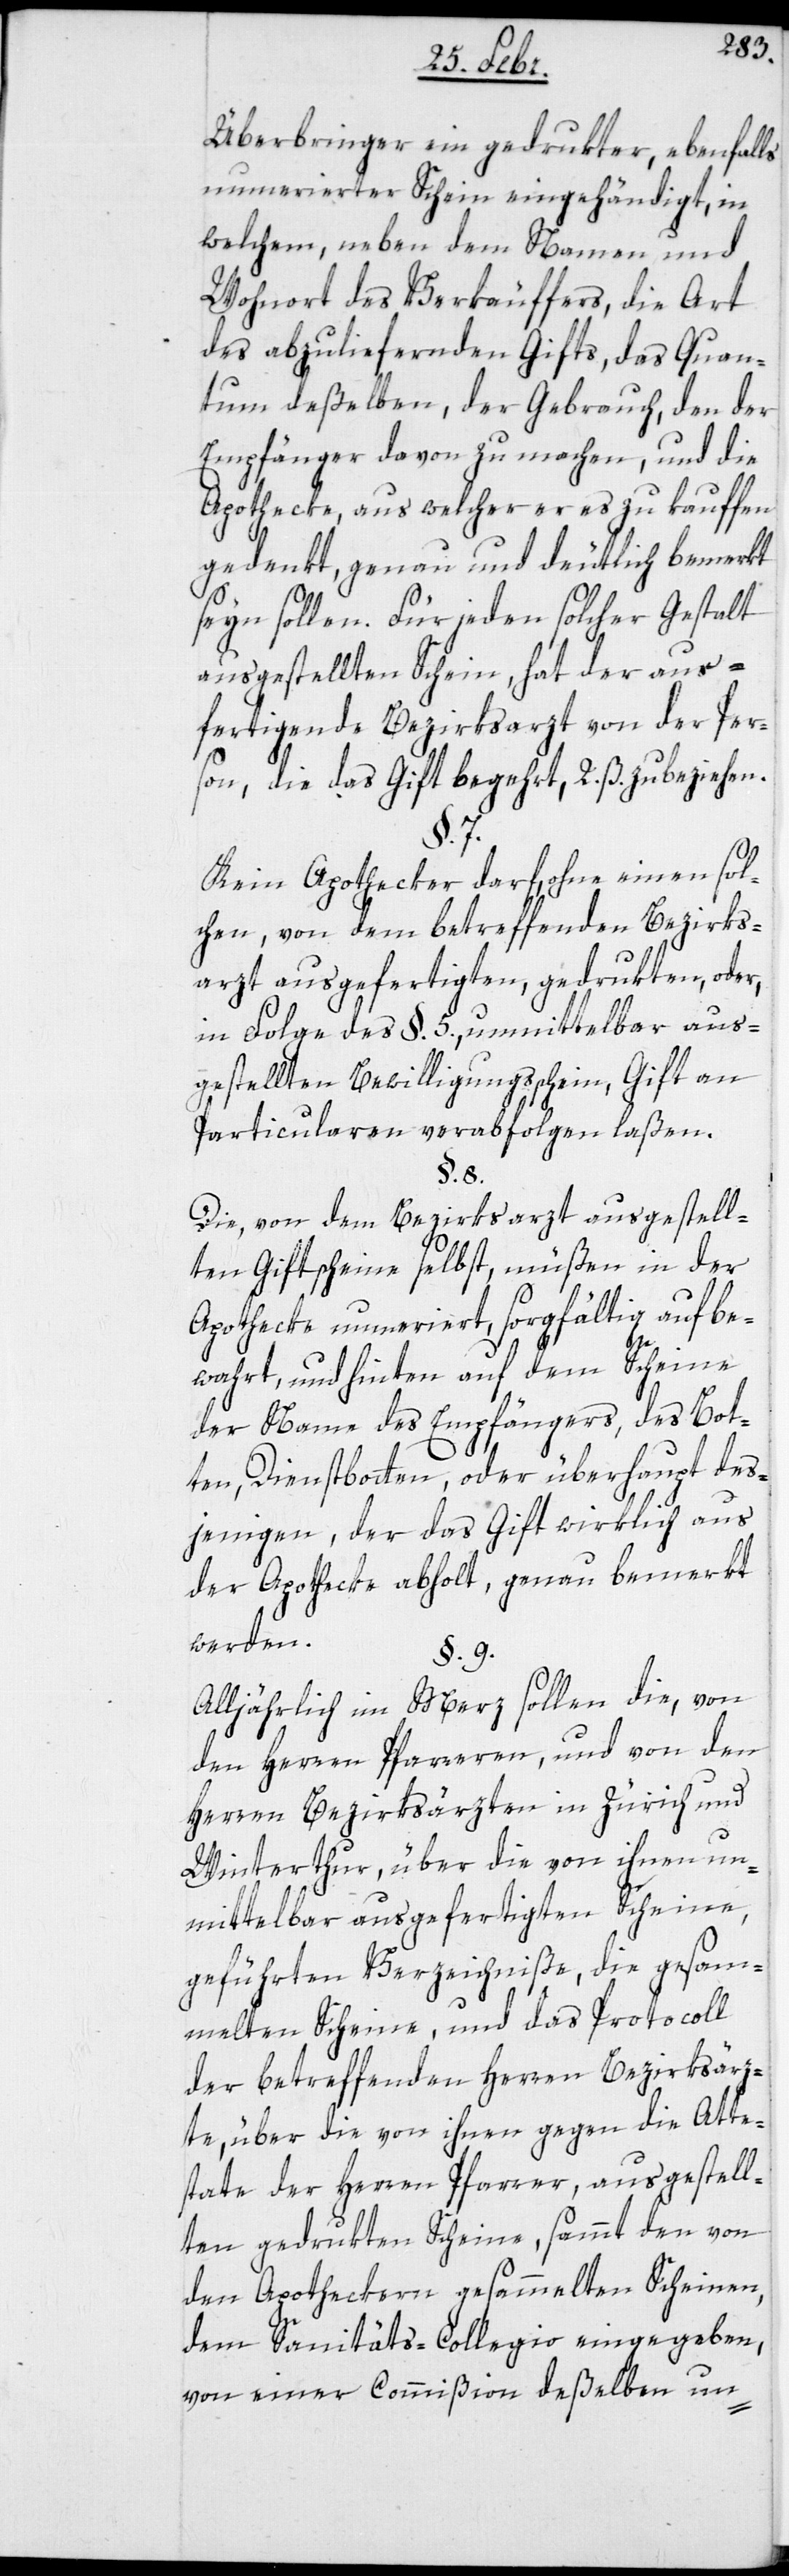
Überbringer ein gedrukter, ebenfalls
nummerierter Schein eingehändigt, in
welchem, neben dem Namen und
Wohnort des Verkäuffers, die Art
des abzuliefernden Gifts, das Quan¬
tum deßelben, der Gebrauch, den der
Empfänger davon zu machen, und die
Apothecke, aus welcher er es zu kauffen
gedenkt, genau und deutlich bemerkt
seyn sollen. Für jeden solcher Gestalt
ausgestellten Schein, hat der aus¬
fertigende Bezirksarzt von der Per¬
son, die das Gift begehrt, 2. ß. zu beziehen.
§. 7.
Kein Apotheker darf, ohne einen sol¬
chen, von dem betreffenden Bezirks¬
arzt ausgefertigten, gedrukten, oder,
in Folge des §. 5., unmittelbar aus¬
gestellten Bewilligungsschein, Gift an
Particularen verabfolgen laßen.
§. 8.
Die, von dem Bezirksarzt ausgestell¬
ten Giftscheine selbst, müßen in der
Apothecke nummeriert, sorgfältig aufbe¬
wahrt, und hinten auf dem Scheine
der Name des Empfängers, des Bot¬
ten, Dienstbotten, oder überhaupt des¬
jenigen, der das Gift wirklich aus
der Apothecke abholt, genau bemerkt
werden.
§. 9.
Alljährlich im Merz sollen die, von
den Herren Pfarrern, und von den
Herren Bezirksärzten in Zürich und
Winterthur, über die von ihnen un¬
mittelbar ausgefertigten Scheine,
geführten Verzeichniße, die gesam¬
melten Scheine, und das Protocoll
der betreffenden Herren Bezirksärz¬
te, über die von ihnen gegen die Atte¬
state der Herren Pfarrer, ausgestell¬
ten gedrukten Scheine, sammt den von
den Apotheckern gesammelten Scheinen,
dem Sanitäts-Collegio eingegeben,
von einer Commißion deßelben un-